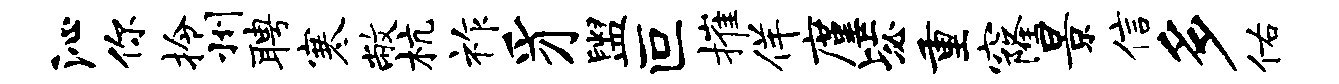
沁你拎州聘寒敝杭祚豸盥叵摧佯廑毖重窿景信多佑